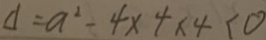
d = a ^ { 2 } - 4 \times 4 \times 4 < 0